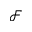
\mathcal { F }